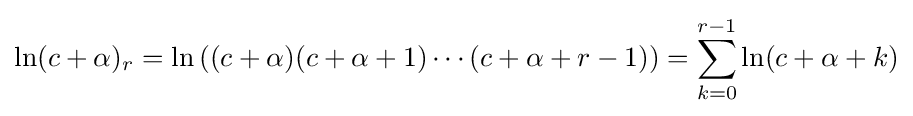
\ln(c+\alpha )_{r}=\ln \left((c+\alpha )(c+\alpha +1)\cdots (c+\alpha +r-1)\right)=\sum _{k=0}^{r-1}\ln(c+\alpha +k)